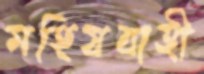
মহিষবাহী